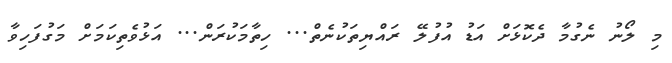
މި ލޯނު ނެގުމާ ދެކޮޅަށް އަޑު އުފުލޭ ރައްޔިތަކުނެތްް... ހިތާމަކުރަން... އަޅުވެތިކަމަށް މަގުފަހިވާ